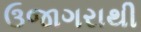
ઉજાગરાથી